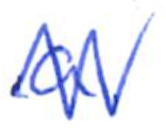
Text: a
Cross-out: zig-zag
Writing tool: ballpoint